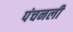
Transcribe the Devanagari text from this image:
पंचनली